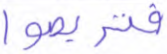
فتربصوا